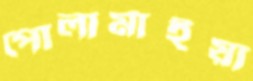
পোলামাইয়া